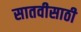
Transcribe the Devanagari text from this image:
सातवीसाठी